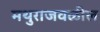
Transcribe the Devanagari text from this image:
मथुराजवळील